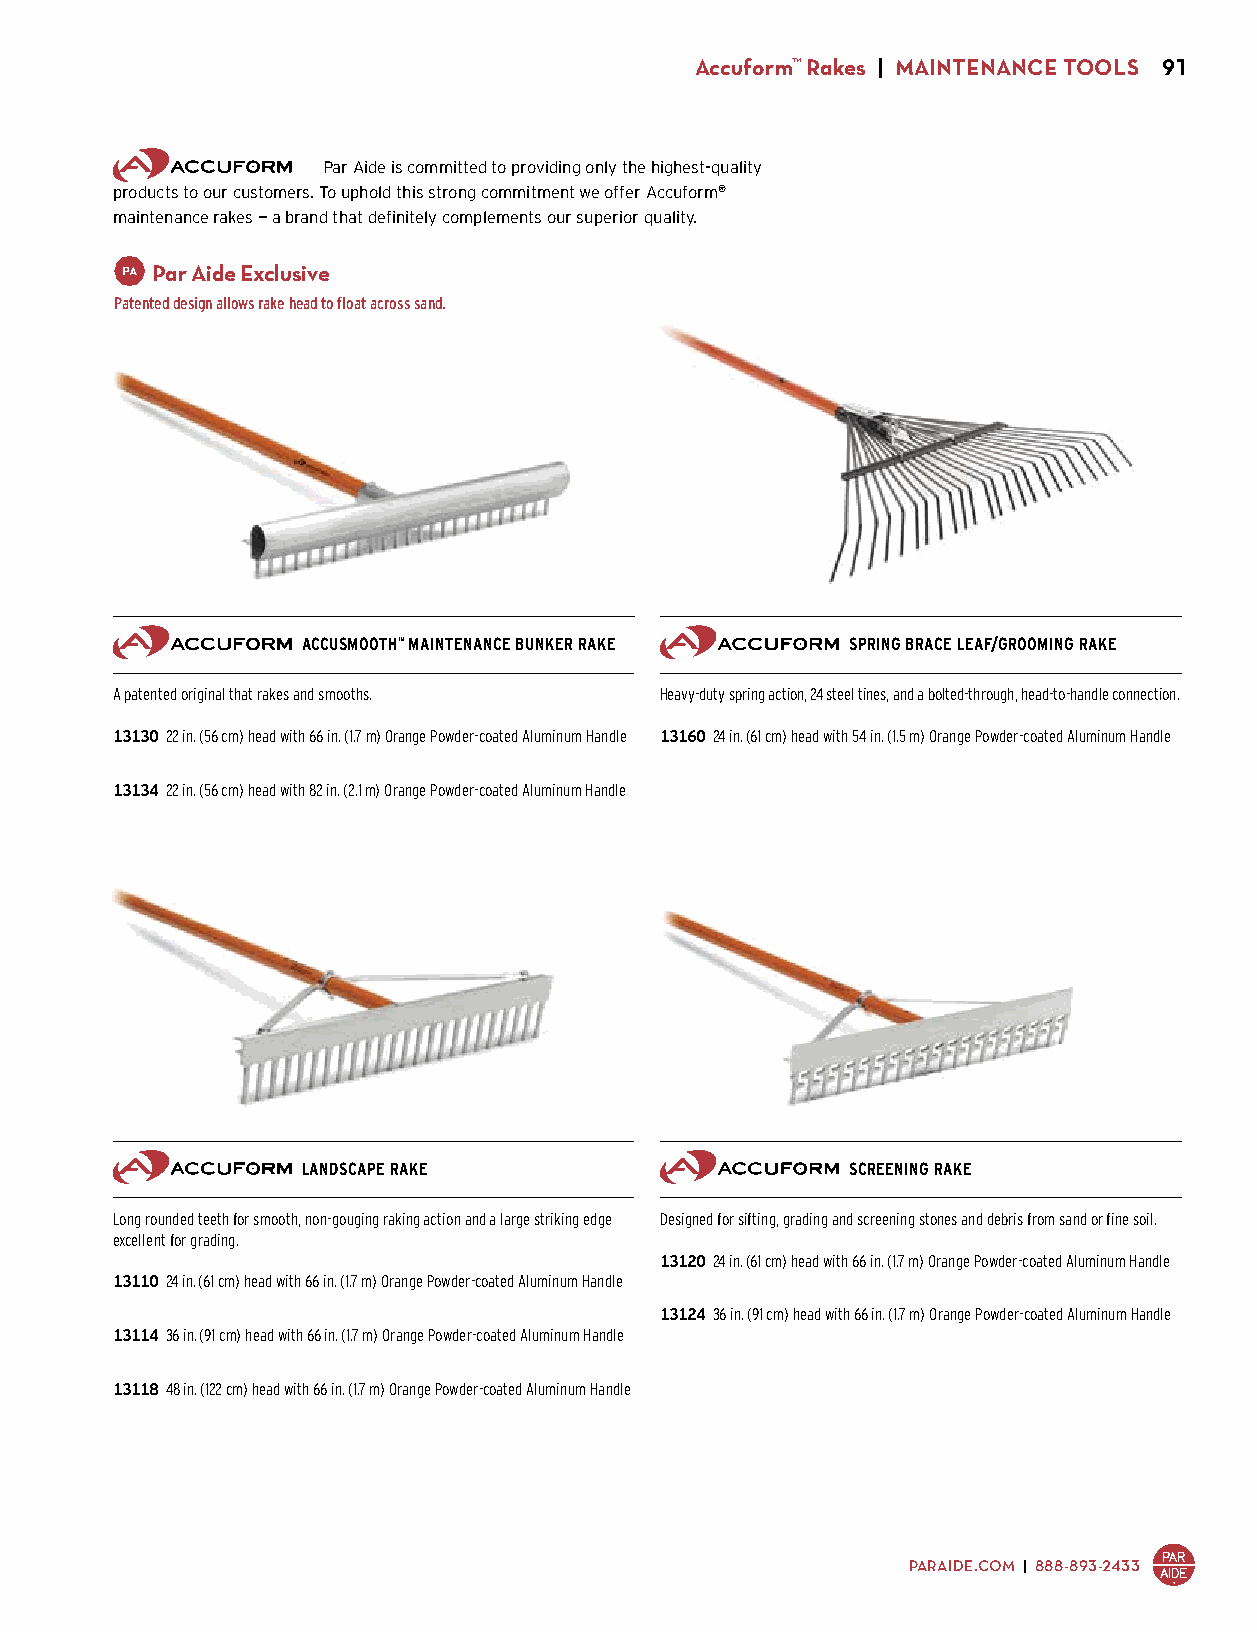
Accuform™ Rakes | MAINTENANCE TOOLS 91
 Par Aide is committed to providing only the highest-quality
 products to our customers. To uphold this strong commitment we offer Accuform®
 maintenance rakes — a brand that definitely complements our superior quality.
 Par Aide Exclusive
 Patented design allows rake head to float across sand.
 ACCUSMOOTH™ MAINTENANCE BUNKER RAKE SPRING BRACE LEAF/GROOMING RAKE
 A patented original that rakes and smooths. Heavy-duty spring action, 24 steel tines, and a bolted-through, head-to-handle connection.
 13130 22 in. (56 cm) head with 66 in. (1.7 m) Orange Powder-coated Aluminum Handle 13160 24 in. (61 cm) head with 54 in. (1.5 m) Orange Powder-coated Aluminum Handle
 $92.00                               $39.00
 13134 22 in. (56 cm) head with 82 in. (2.1 m) Orange Powder-coated Aluminum Handle
 $112.00
 LANDSCAPE RAKE                      SCREENING RAKE
 Long rounded teeth for smooth, non-gouging raking action and a large striking edge Designed for sifting, grading and screening stones and debris from sand or fine soil.
 excellent for grading.
 13120 24 in. (61 cm) head with 66 in. (1.7 m) Orange Powder-coated Aluminum Handle
 13110 24 in. (61 cm) head with 66 in. (1.7 m) Orange Powder-coated Aluminum Handle $85.00
 $83.00
 13124 36 in. (91 cm) head with 66 in. (1.7 m) Orange Powder-coated Aluminum Handle
 13114 36 in. (91 cm) head with 66 in. (1.7 m) Orange Powder-coated Aluminum Handle $99.00
 $93.00
 13118 48 in. (122 cm) head with 66 in. (1.7 m) Orange Powder-coated Aluminum Handle
 $103.00
 PARAIDE.COM | 888-893-2433